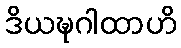
ဒိယဍ္ဎဂါထာဟိ